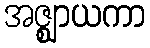
အဇ္ဈာယကာ